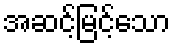
အဆင့်မြင့်သော